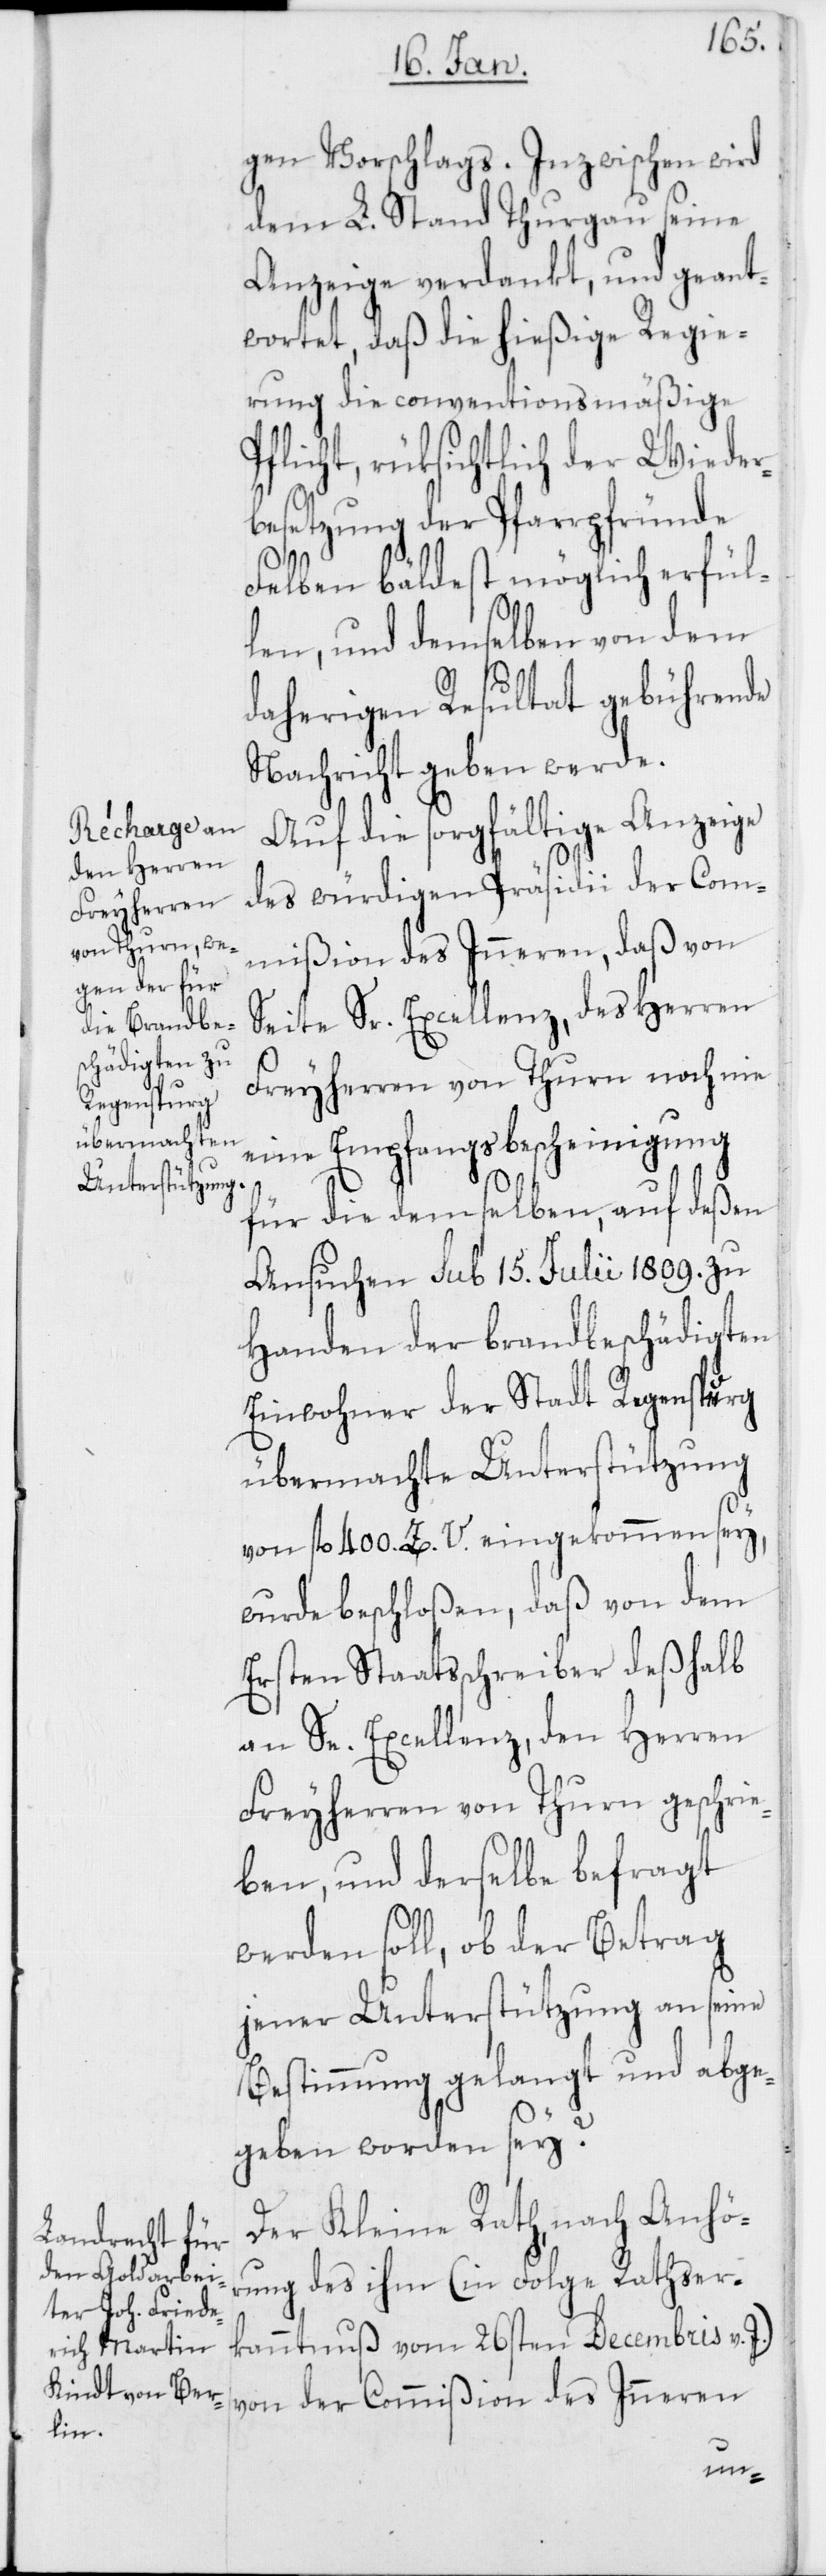
gen Vorschlags. Inzwischen wird
dem L. Stand Thurgau seine
Anzeige verdankt, und geant¬
wortet, daß die hießige Regie¬
rung die conventionsmäßige
Pflicht, rüksichtlich der Wieder¬
besetzung der Pfarrpfründe
Felben bäldest möglich erfül¬
len, und demselben von dem
daherigen Resultat gebührende
Nachricht geben werde.
Auf die sorgfältige Anzeige
des würdigen Präsidii der Com¬
mißion des Inneren, daß von
Seite Sr. Excellenz, des Herren
Freyherren von Thurn noch nie
eine Empfangsbescheinigung
für die demselben, auf deßen
Ansuchen sub 15. Julii 1809. zu
Handen der brandbeschädigten
Einwohner der Stadt Regenspurg
übermachte Unterstützung
von fl. 400 Z. V. eingekommen sey,
wurde beschloßen, daß von dem
Ersten Staatsschreiber deßhalb
an Se. Excellenz, den Herren
Freyherren von Thurn geschrie¬
ben, und derselbe befragt
werden soll, ob der Betrag
jener Unterstützung an seine
Bestimmung gelangt und abge¬
geben worden sey?
Der Kleine Rath, nach Anhö¬
rung des ihm (in Folge Rathser¬
kanntnuß vom 26sten Decembris v. J.)